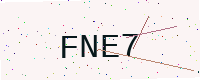
Text: FNE7